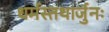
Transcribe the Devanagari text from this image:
धर्मस्तथार्जुनः